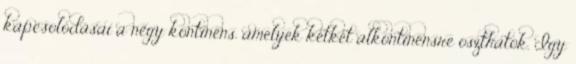
kapcsolódásai a négy kontinens, amelyek kétkét alkontinensre oszthatók. Így